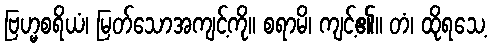
ဗြဟ္မစရိယံ၊ မြတ်သောအကျင့်ကို။ စရာမိ၊ ကျင့်၏။ တံ၊ ထိုရသေ့